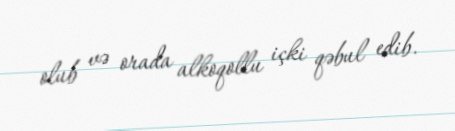
olub və orada alkoqollu içki qəbul edib.